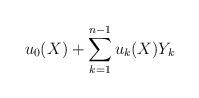
LaTeX: \begin{align*} u_0(X)+\displaystyle\sum_{k=1}^{n-1}u_k(X)Y_k\end{align*}